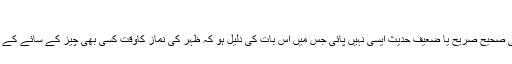
] (اٰثار السنن،ص:۵۳)
’’بے شک میں نے کوئی بھی صحیح صریح یا ضعیف حدیث ایسی نہیں پائی جس میں اس بات کی دلیل ہو کہ ظہر کی نماز کاوقت کسی بھی چیز کے سائے کے دو مثل ہونے تک رہتا ہے‘‘۔